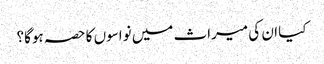
کیا ان کی میراث میں نواسوں کا حصہ ہوگا؟